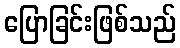
ပြောခြင်းဖြစ်သည်